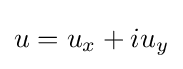
u=u_{x}+iu_{y}